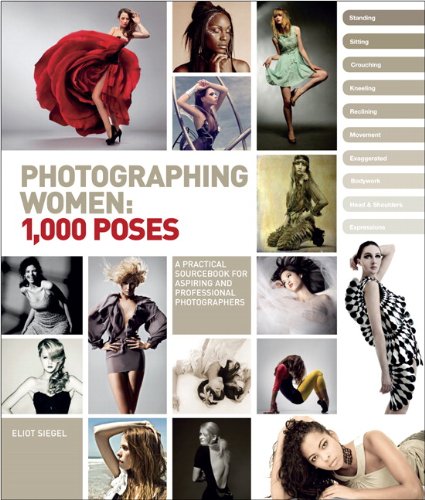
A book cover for Photographing Women: 1,000 Poses; Eliot Siegel; Arts & Photography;